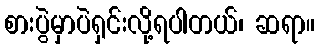
စားပွဲမှာပဲရှင်းလို့ရပါတယ်၊ ဆရာ။